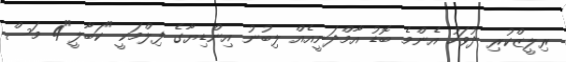
ރިލީޒްކުރި ދުވަހު އެންމެ ބޮޑު އާމްދަނީއެއް ލިބުނު އިންޑިޔާގެ ފިލްމަކީ "ކަބާލީ"4 މަސް